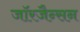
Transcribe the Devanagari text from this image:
जॉरजैन्सन